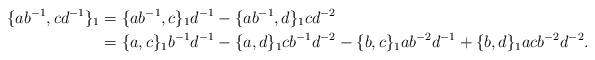
LaTeX: \begin{align*}\{ab^{-1},cd^{-1}\}_1 &= \{ab^{-1},c\}_1d^{-1} - \{ab^{-1}, d\}_1cd^{-2} \\&= \{a,c\}_1b^{-1}d^{-1} - \{a,d\}_1cb^{-1}d^{-2} - \{b,c\}_1ab^{-2}d^{-1} + \{b,d\}_1acb^{-2}d^{-2}.\end{align*}